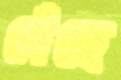
বেঁছে